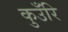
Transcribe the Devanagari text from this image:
कुउँरि